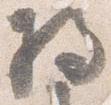
将